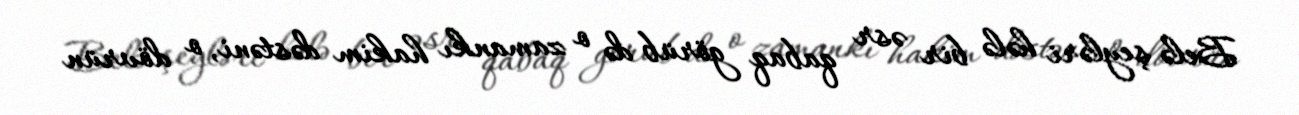
Belə şeyləri hələ bir əsr qabaq görüb də o zamankı hakim dəstəni, o dövrün